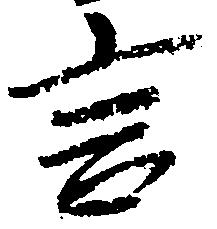
言